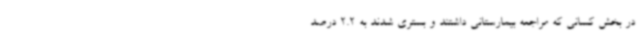
در بخش کسانی که مراجعه بیمارستانی داشتند و بستری شدند به 2.2 درصد